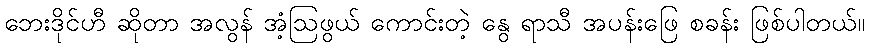
ဘေးဒိုင်ဟီ ဆိုတာ အလွန် အံ့ဩဖွယ် ကောင်းတဲ့ နွေ ရာသီ အပန်းဖြေ စခန်း ဖြစ်ပါတယ်။